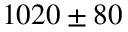
1 0 2 0 \pm 8 0